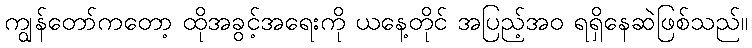
ကျွန်တော်ကတော့ ထိုအခွင့်အရေးကို ယနေ့တိုင် အပြည့်အဝ ရရှိနေဆဲဖြစ်သည်။